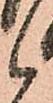
候